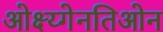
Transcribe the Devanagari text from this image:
ओक्ष्य्गेनतिओन